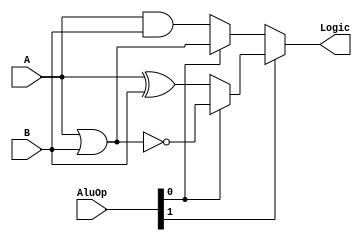
module Logic (A,B,AluOp,Logic);
  input [31:0] A,B;
  input [3:0] AluOp;
  output [31:0] Logic;

  assign Logic = AluOp[1]? AluOp[0]? ~(A | B) 
                                      : 
                                     (A ^ B) // cuando el Alu[1] es 1 haremos un xor o un nor 
                            :   
                           AluOp[0]? (A | B) 
                                      : 
                                     (A & B); /// cuando el Alu[0] es 0 haremos un and o un Or

endmodule